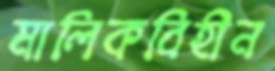
মালিকবিহীন